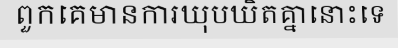
ពួកគេមានការឃុបឃិតគ្នានោះទេ